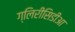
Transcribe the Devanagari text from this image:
ग्लिरीसिडीआ